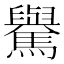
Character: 𩦡